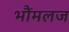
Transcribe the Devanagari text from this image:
भौंमलज